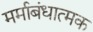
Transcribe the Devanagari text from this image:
मर्माबंधात्मक